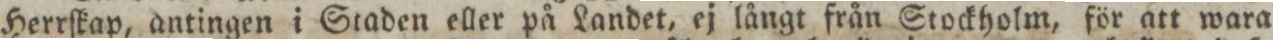
Herrſkap, antingen i Staden eller på Landet, ej långt från Stockholm, för att wara